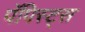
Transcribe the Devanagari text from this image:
पॅपिस्ट्स